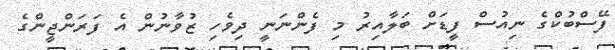
ފޭސްބުކްގެ ނިއުސް ފީޑަށް ބަލާއިރު މި ފެންނަނީ ދިވެހި ޒުވާނުން އެ ފަރަންޖީންގެ